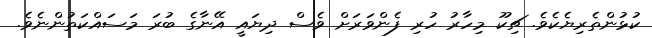
ކުޅުންތެރިޔެކެވެ. ޗިކޫ މިހާރު ހުރި ފެންވަރަށް ވެސް ދިޔައީ އޭނާގެ ބުރަ މަސައްކަތުންނެވެ.